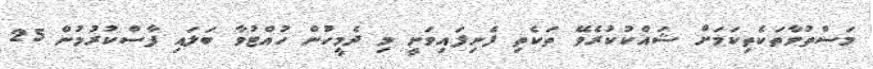
މަސްތުވާތަކެތިކަމަށް ޝައްކުކުރެވޭ ތަކެތި ފެނިފައިވަނީ މި ދެމީހުން ހުއްޓުވާ ބަލައި ފާސްކުރުމުން 25